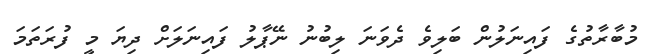
މުބާރާތުގެ ފައިނަލުން ބަލިވެ ދެވަނަ ލިބުނު ނޭޕާލު ފައިނަލަށް ދިޔަ މީ ފުރަތަމަ